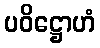
ပဝိဋ္ဌောဟံ